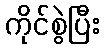
ကိုင်စွဲပြီး